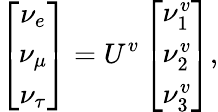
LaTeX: \left[\begin{array}{c}{{\nu_{e}}}\\ {{\nu_{\mu}}}\\ {{\nu_{\tau}}}\end{array}\right]=U^{v}\left[\begin{array}{c}{{\nu_{1}^{v}}}\\ {{\nu_{2}^{v}}}\\ {{\nu_{3}^{v}}}\end{array}\right],